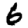
Digit: 6